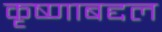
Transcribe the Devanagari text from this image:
कृष्णाबद्दल